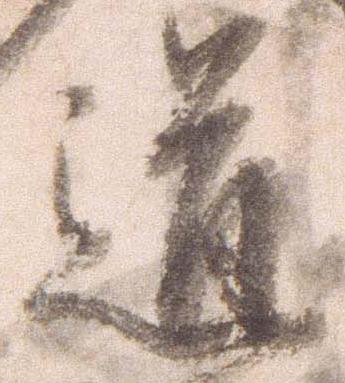
道